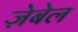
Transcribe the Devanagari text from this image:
ज़ेबेल